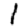
Digit: 1